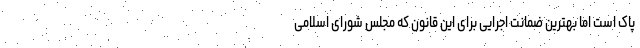
پاک است اما بهترین ضمانت اجرایی برای این قانون که مجلس شورای اسلامی